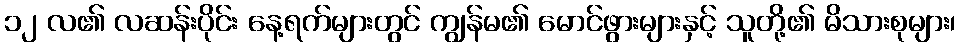
၁၂ လ၏ လဆန်းပိုင်း နေ့ရက်များတွင် ကျွန်မ၏ မောင်ဖွားများနှင့် သူတို့၏ မိသားစုများ၊